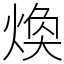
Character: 煥